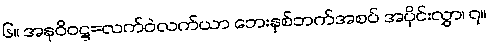
၆။ အနုဝိဝဋ္ဋ=လက်ဝဲလက်ယာ ဘေးနှစ်ဘက်အစပ် အပိုင်းလွှာ၊ ၇။